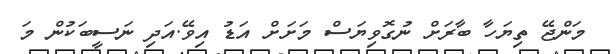
މަންޖޭ ތިޔަހާ ބާރަށް ނުގޮވިޔަސް މަށަށް އަޑު އިވޭ.އަދި ނަސީބަކުން މަ